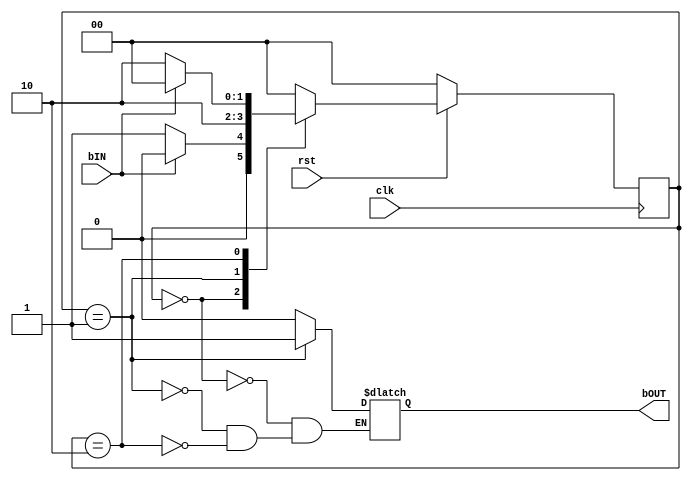
// ECE6370
// Button Shaper Module
// When the button is pressed a single pulse signal is generated which can be
// fed to any other harware or can be used as a control signal.

//bIN == button Input
module buttonShaper(clk, rst, bIN, bOUT);
  input clk, rst;
  input bIN;
  output bOUT;
  reg bOUT;

  parameter S_OFF = 0, S_ON = 1,S_WAIT = 2;
  reg [1:0] State, StateNext;

  always @(State, bIN) begin
    case (State)
      S_OFF: begin
	bOUT <= 0;
	if (bIN == 1)
	  begin
	    StateNext <= S_OFF;
	  end
	else
	  begin
	    StateNext <= S_ON;
	  end
      end

      S_ON:begin
	bOUT <= 1;
	StateNext <= S_WAIT;
      end

      S_WAIT:begin
	bOUT <= 0;
	if(bIN ==0)
	  begin
	    StateNext <= S_WAIT;
	  end
	else
	  begin
	    StateNext <= S_OFF;
	  end
      end
      default:begin StateNext <= S_OFF; end
    endcase
  end

  always@(posedge clk)
    begin
      if(rst == 0)
	begin
	  State <= S_OFF;
	end      
      else
	begin
	  State <= StateNext;
	end
    end
endmodule